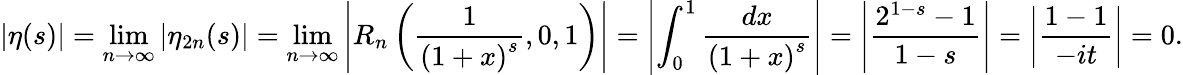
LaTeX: |\eta(s)|=\operatorname*{lim}_{n\to\infty}|\eta_{2n}(s)|=\operatorname*{lim}_{n\to\infty}\left|R_{n}\left({\frac{1}{{(1+x)}^{s}}},0,1\right)\right|=\left|\int_{0}^{1}{\frac{dx}{{(1+x)}^{s}}}\right|=\left|{\frac{2^{1-s}-1}{1-s}}\right|=\left|{\frac{1-1}{-it}}\right|=0.